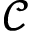
\mathcal { C }